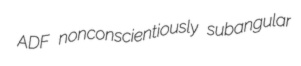
ADF nonconscientiously subangular